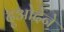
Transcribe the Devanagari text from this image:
दुओदेने